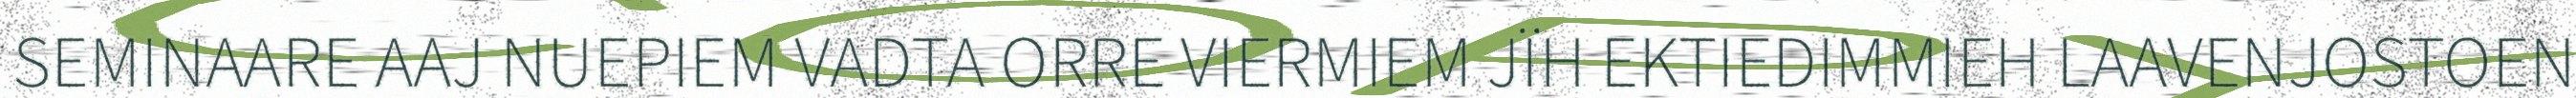
SEMINAARE AAJ NUEPIEM VADTA ORRE VIERMIEM JÏH EKTIEDIMMIEH LAAVENJOSTOEN